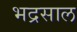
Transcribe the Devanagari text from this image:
भद्रसाल